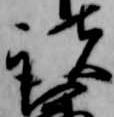
諸